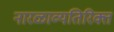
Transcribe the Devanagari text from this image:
नारळाव्यतिरिक्त